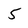
Character: 5